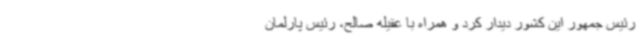
رئیس جمهور این کشور دیدار کرد و همراه با عقیله صالح، رئیس پارلمان